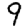
Digit: 9